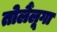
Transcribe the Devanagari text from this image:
तोलैंलूगा